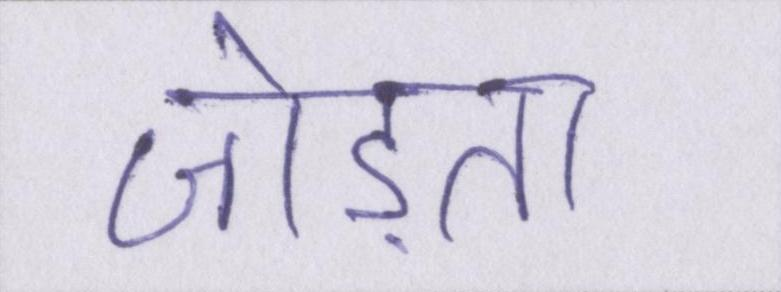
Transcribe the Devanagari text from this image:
जोड़ता